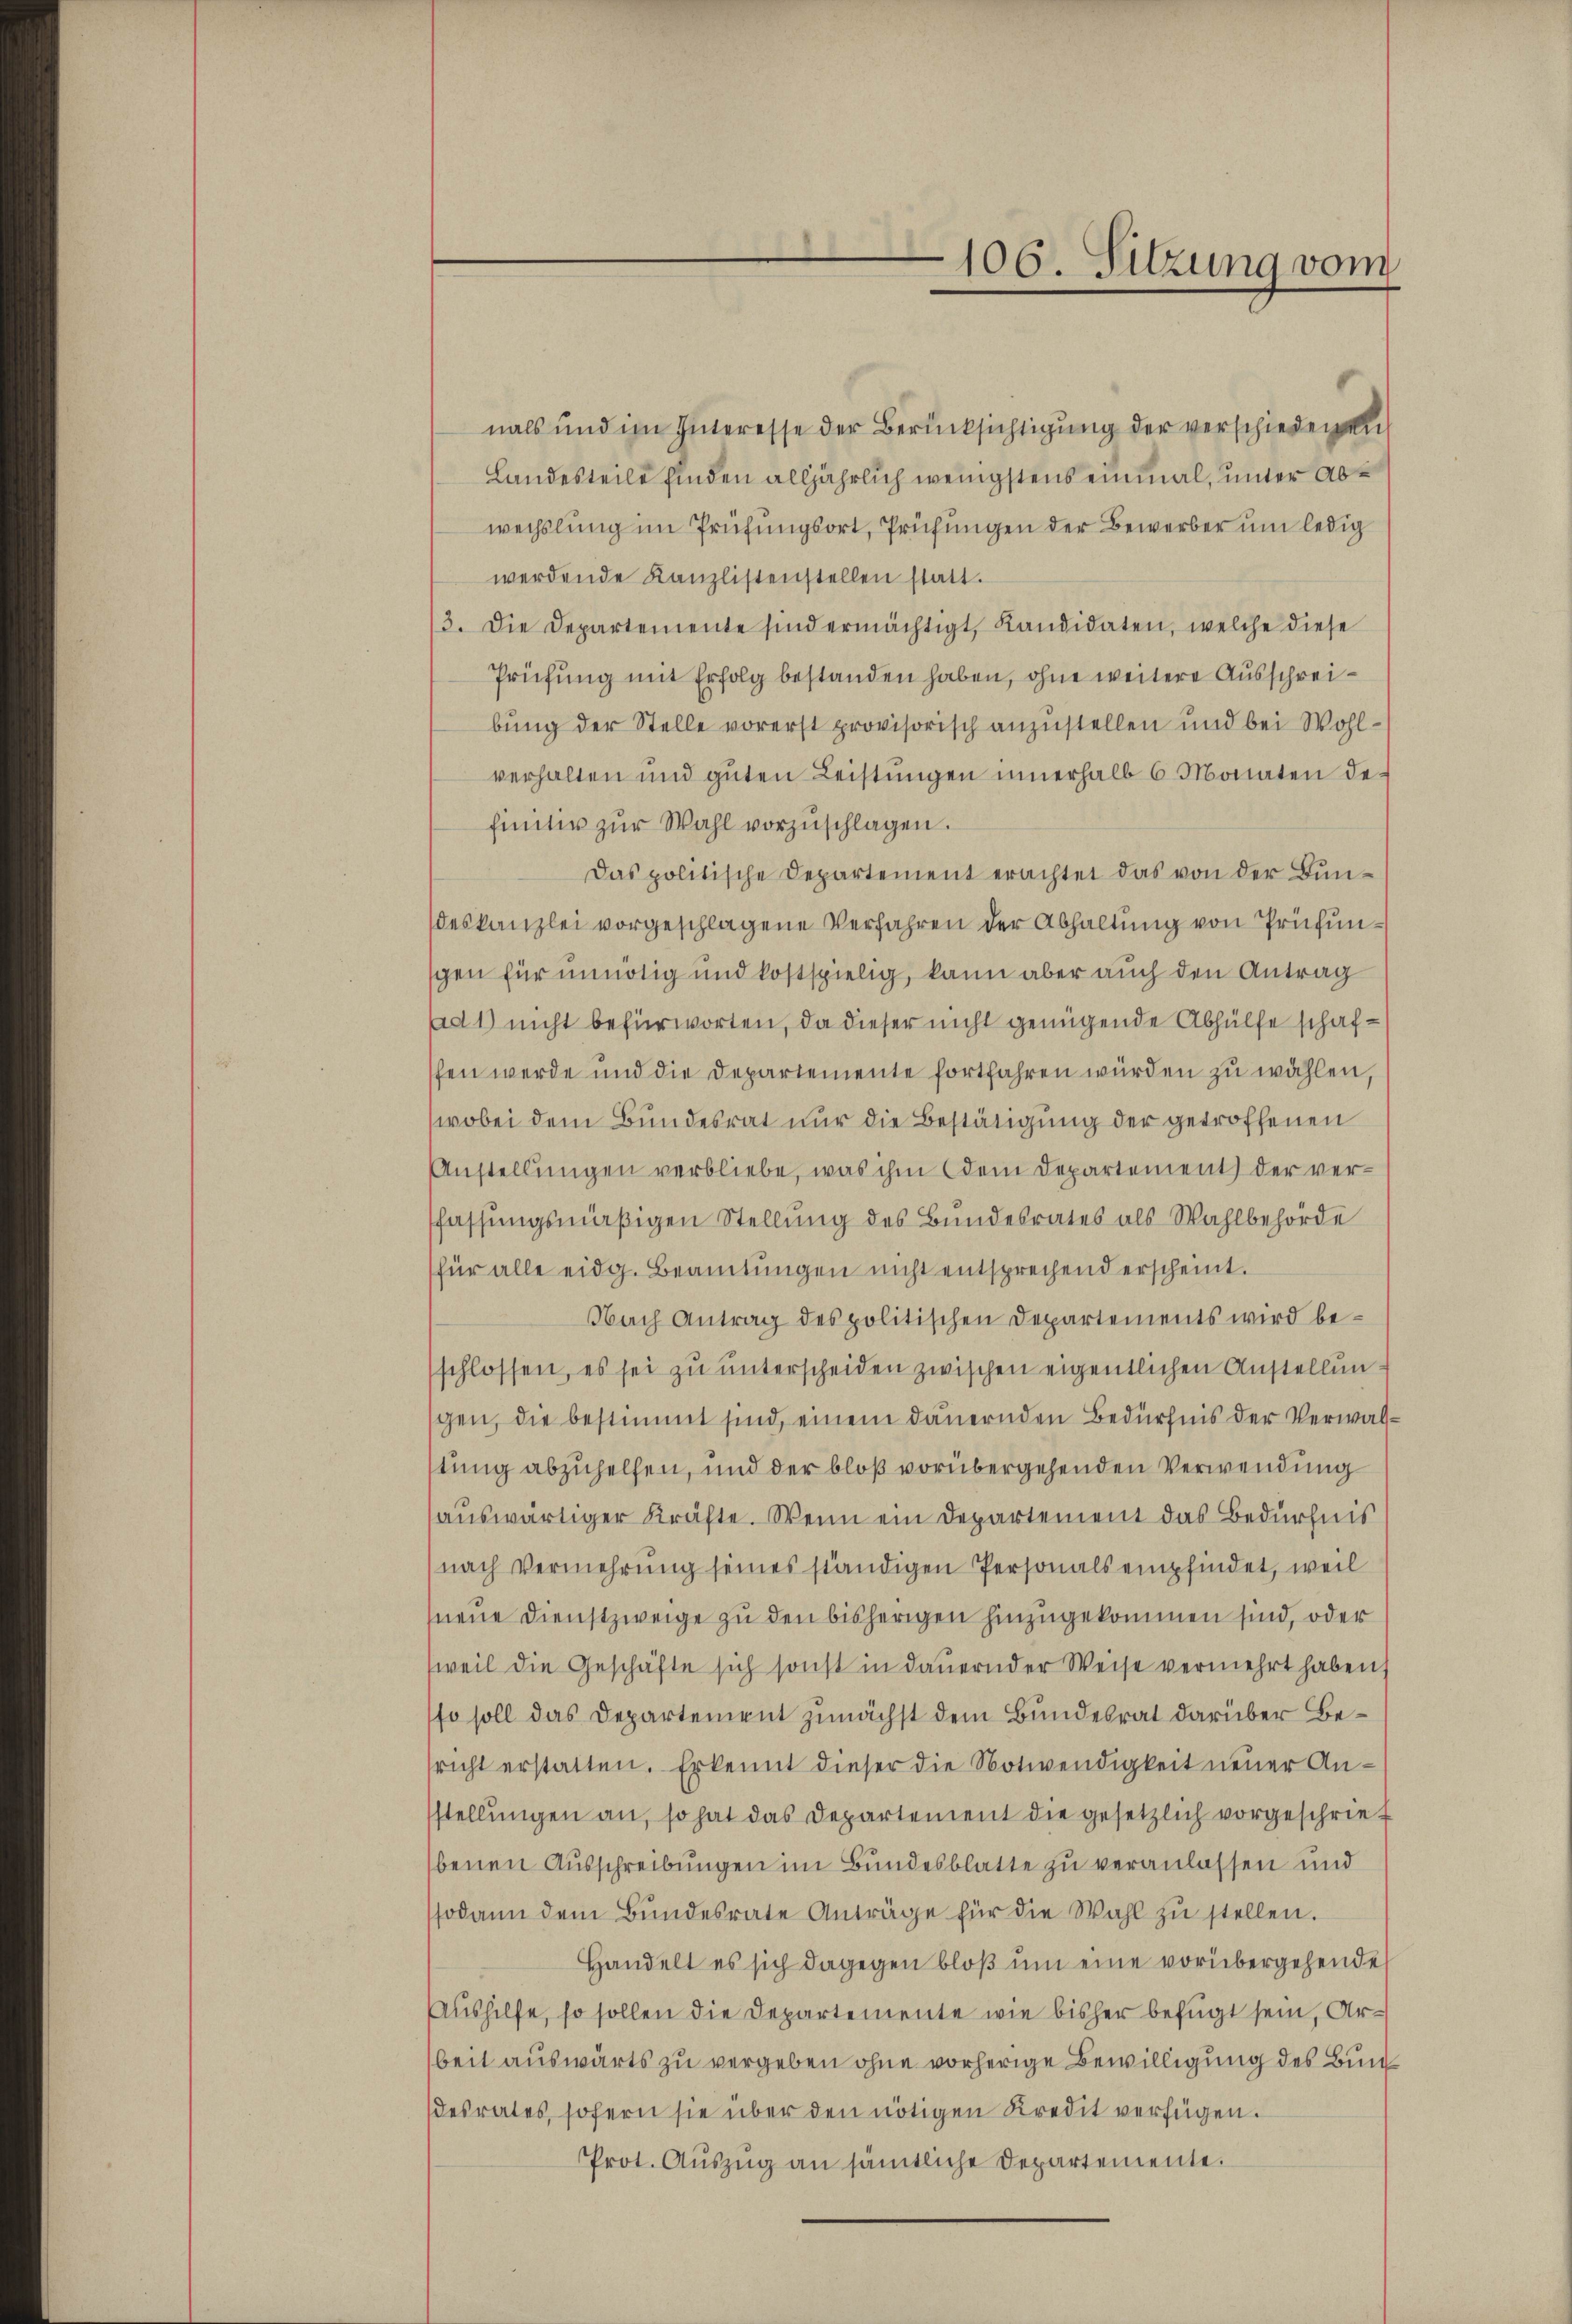
.
106. Sitzung vom

nals und im Interesse der Berücksichtigung der verschiedenen
Landesteile finden alljährlich wenigstens einmal, unter Abwechslung im Prüfungsort, Prüfungen der Bewerber um ledig
werdende Kanzlistenstellen statt.
3. Die Departemente sind ermächtigt, Kandidaten, welche diese
Prüfung mit Erfolg bestanden haben, ohne weitere Ausschreibung der Stelle vorerst provisorisch anzustellen und bei Wohlverhalten und guten Leistŭngen innerhalb 6 Monaten de
finitiv zŭr Wahl vorzŭschlagen.
Das politische Departement erachtet das von der Bundeskanzlei vorgeschlagene Verfahren der Abhaltung von Prüfunschen für unnötig und kostspielig, kann aber auch den Antrag
ad 1) nicht befürworten, da dieser nicht genügende Abhülfe schafffen werde und die Departemente fortfahren würden zu wählen
wobei dem Bundesrat nur die Bestätigung der getroffenen
Anstellungen verbliebe, was ihm (dem Departement der verfassungsmäßigen Stellung des Bundesrates als Wahlbehörde
für alle eidg. Beamtungen nicht entsprechend erscheint.
Nach Antrag des politischen Departements wird beschlossen, es sei zu unterscheiden zwischen eigentlichen Anstellun
gen, die bestimmt sind, einem dauernden Bedürfnis der Verwaltung abzuhelfen, und der bloß vorübergehenden Verwendung
auswärtiger Kräfte. Wenn ein Departement das Bedürfnis
nach Vermehrung seines ständigen Personals empfindet, weil
neue Dienstzweige zu den bisherigen hinzugekommen sind, oder
weil die Geschäfte sich sonst in dauernder Weise vermehrt haben,
so soll das Departement zunächst dem Bundesrat darüber Bericht erstatten. Er kennt dieser die Notwendigkeit neuer Anstellungen an, so hat das Departement die gesetzlich vorgeschriebenen Ausschreibungen im Bundesblatte zu veranlassen und
sodann dem Bŭndesrate Anträge für die Wahl zŭ stellen.
Handelt es sich dagegen bloß um eine vorübergehende
Aushilfe, so sollen die Departemente wie bisher befugt sein, Arbeit auswärts zu vergeben ohne vorherige Bewilligung des Bundesrates, sofern sie über den nötigen Kredit verfügen.
Prot. Auszug an sämtliche Departemente.